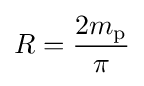
R={\frac {2m_{\mathrm {p} }}{\pi }}